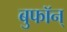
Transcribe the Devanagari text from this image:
बुफॉन्